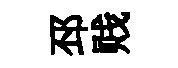
邳贱